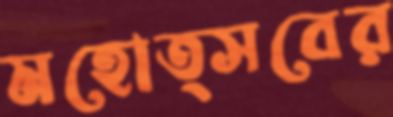
মহোত্সবের